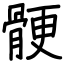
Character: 骾